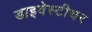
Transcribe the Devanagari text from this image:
डाइवेस्टीचर